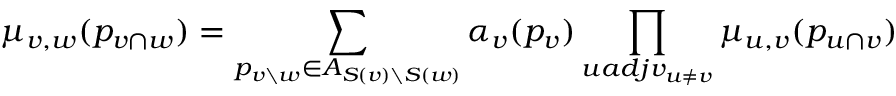
\mu _ { v , w } ( p _ { v \cap w } ) = \sum _ { p _ { v \setminus w } \in A _ { S ( v ) \setminus S ( w ) } } \alpha _ { v } ( p _ { v } ) \prod _ { u a d j v _ { u \neq v } } \mu _ { u , v } ( p _ { u \cap v } )